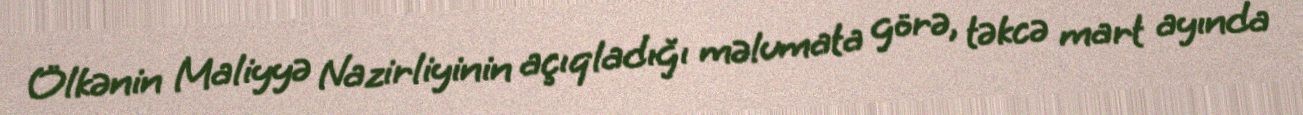
Ölkənin Maliyyə Nazirliyinin açıqladığı məlumata görə, təkcə mart ayında